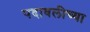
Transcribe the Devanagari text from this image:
पदावलीच्या